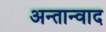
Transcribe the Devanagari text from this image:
अन्तान्वाद